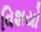
વિશયો